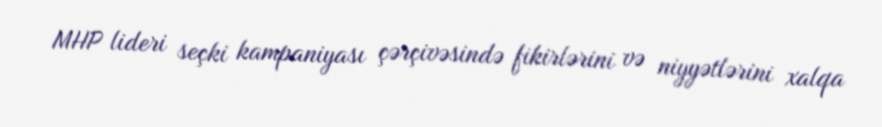
MHP lideri seçki kampaniyası çərçivəsində fikirlərini və niyyətlərini xalqa